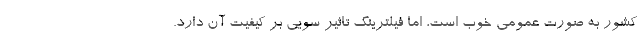
کشور به صورت عمومی خوب است، اما فیلترینگ تاثیر سویی بر کیفیت آن دارد.